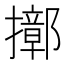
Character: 𢷢